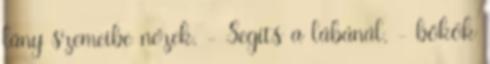
lány szemeibe nézek. - Segíts a lábánál. - bökök